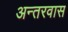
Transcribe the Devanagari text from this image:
अन्तरवास